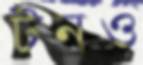
টনও